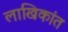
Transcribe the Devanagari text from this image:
लाखिकांत